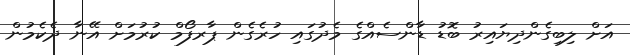
އަށް ލިބިގެންދިޔައިރު ބޮޑު ޑާންސެއްގެ މެދުގައި ހުރެގެން ޕާރފޯމް ކުރުމަށް އޭނާ ދެކެމުން